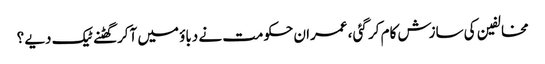
مخالفین کی سازش کام کر گئی ، عمران حکومت نے دباؤ میں آکر گھٹنے ٹیک دیے ؟